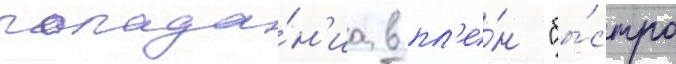
попада́н'иа в пл'е́н "бы́стро